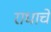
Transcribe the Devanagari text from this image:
राधाचे